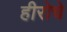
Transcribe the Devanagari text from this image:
हीरोचे